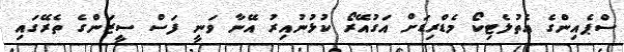
ސްޕެއިންގެ އެތުލެޓިކޯ މެޑްރިޑަށް އަގުއޭރޯ ކުޅުނުއިރު އޭނާ ވަނީ ފަސް ސީޒަންގެ ތެރޭގައި